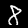
Digit: 8